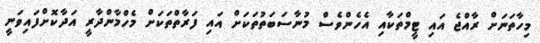
މިހާތަނަށް ރާއްޖެ އައި ޓީމްތަކާއި އެހެންވެސް މުނާސަބަތުތަކަށް އައި ފަރާތްތަކަށް މެހްމާންދާރީ އަދާކޮށްފައިވަނީ